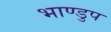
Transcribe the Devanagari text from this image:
भाण्डुप